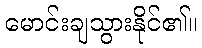
မောင်းချသွားနိုင်၏။